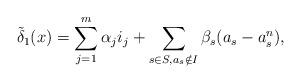
LaTeX: \begin{align*} \tilde{\delta}_1(x) &= \sum_{j=1}^m \alpha_j i_j + \sum_{s\in S, a_s\notin I} \beta_s (a_s - a_s^n),\end{align*}